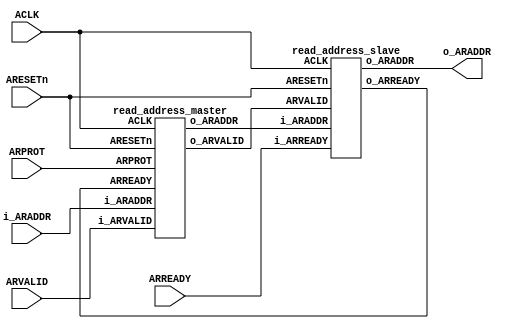
module read_address_ms(ACLK, ARESETn, ARVALID, ARREADY,i_ARADDR, o_ARADDR, ARPROT);

input ACLK, ARESETn;
input ARVALID, ARREADY;
input [2:0] ARPROT;
input [31:0] i_ARADDR;
output [31:0] o_ARADDR;

wire o_ARREADY, o_ARVALID;
wire [31:0] w_ARADDR;

read_address_master addr1 (ACLK, ARESETn, ARVALID, o_ARVALID, o_ARREADY, i_ARADDR, w_ARADDR, ARPROT);
read_address_slave addr2 (ACLK, ARESETn, ARREADY, o_ARREADY, o_ARVALID, w_ARADDR, o_ARADDR);

endmodule


module read_address_master(ACLK, ARESETn, i_ARVALID, o_ARVALID, ARREADY, i_ARADDR, o_ARADDR, ARPROT);

input ACLK, ARESETn;
input i_ARVALID, ARREADY;
input [31:0] i_ARADDR;
input [2:0] ARPROT; // unfinished
output reg o_ARVALID;
output reg [31:0] o_ARADDR;

always @(posedge ACLK) begin
o_ARVALID <= i_ARVALID;

if(ARESETn) begin
o_ARADDR <= 0;
o_ARVALID <= 0;
end

if(o_ARVALID && ARREADY) 
o_ARADDR <= 32'b11111111;     //handshaking and address send
else  
o_ARADDR <= 32'b0;

end

endmodule


module read_address_slave(ACLK, ARESETn, i_ARREADY, o_ARREADY, ARVALID, i_ARADDR, o_ARADDR);

input ACLK, ARESETn;
input i_ARREADY, ARVALID;
input [31:0] i_ARADDR;

output reg [31:0] o_ARADDR;
output reg o_ARREADY;


always @(posedge ACLK) begin
o_ARREADY <= i_ARREADY;
if(ARESETn) begin
o_ARADDR <= 0;
o_ARREADY <= 0;
end

if(ARVALID && o_ARREADY) 
o_ARADDR <= i_ARADDR;
else
o_ARADDR<=0;
end

endmodule